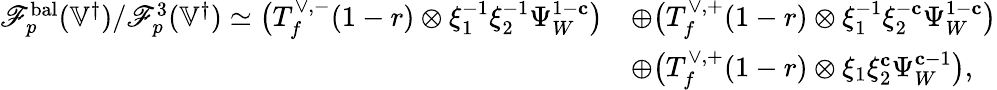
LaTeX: \begin{array}{rl}{\mathscr{F}_{p}^{\mathrm{bal}}({\mathbb{V}^{\dagger}})/\mathscr{F}_{p}^{3}({\mathbb{V}^{\dagger}})\simeq\bigl(T_{f}^{\vee,-}(1-r)\otimes\xi_{1}^{-1}\xi_{2}^{-1}\Psi_{W}^{1-\mathbf{c}}\bigr)}&{\oplus\bigl(T_{f}^{\vee,+}(1-r)\otimes\xi_{1}^{-1}\xi_{2}^{-\mathbf{c}}\Psi_{W}^{1-\mathbf{c}}\bigr)}\\ &{\oplus\bigl(T_{f}^{\vee,+}(1-r)\otimes\xi_{1}\xi_{2}^{\mathbf{c}}\Psi_{W}^{\mathbf{c}-1}\bigr),}\end{array}